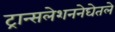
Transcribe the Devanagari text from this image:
ट्रान्सलेशननेघेतले